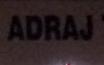
adraj